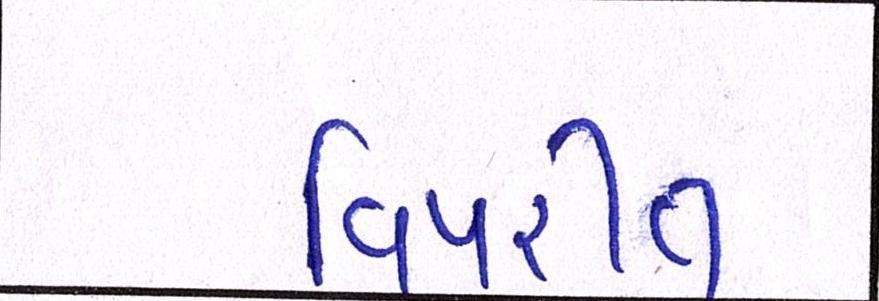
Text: વિપરીત